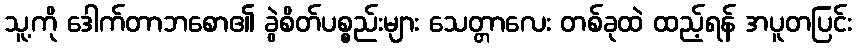
သူ့ကို ဒေါက်တာဘစော၏ ခွဲစိတ်ပစ္စည်းများ သေတ္တာလေး တစ်ခုထဲ ထည့်ရန် အပူတပြင်း